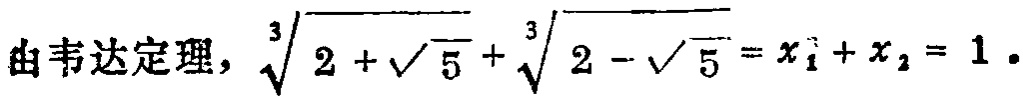
由韦达定理，\(\sqrt[3]{2 + \sqrt{5}} + \sqrt[3]{2 - \sqrt{5}} = x_{1} + x_{2} = 1\)。